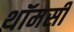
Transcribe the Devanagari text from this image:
थॉमसी